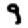
Digit: 9